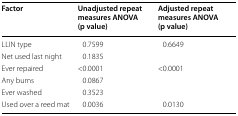
<table><thead><tr><td><b>Factor</b></td><td><b>Unadjusted repeat measures ANOVA (p value)</b></td><td><b>Adjusted repeat measures ANOVA (p value)</b></td></tr></thead><tbody><tr><td>LLIN type</td><td>0.7599</td><td>0.6649</td></tr><tr><td>Net used last night</td><td>0.1835</td><td></td></tr><tr><td>Ever repaired</td><td>&lt;0.0001</td><td>&lt;0.0001</td></tr><tr><td>Any burns</td><td>0.0867</td><td></td></tr><tr><td>Ever washed</td><td>0.3523</td><td></td></tr><tr><td>Used over a reed mat</td><td>0.0036</td><td>0.0130</td></tr></tbody></table>